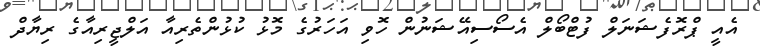
އެއީ ޕްރޮފެޝަނަލް ފުޓްބޯލް އެސޯސިއޭޝަނުން ހޮވި އަހަރުގެ މޮޅު ކުޅުންތެރިއާ އަލްޖީރިއާގެ ރިޔާދް